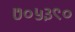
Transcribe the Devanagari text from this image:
७०५३९०